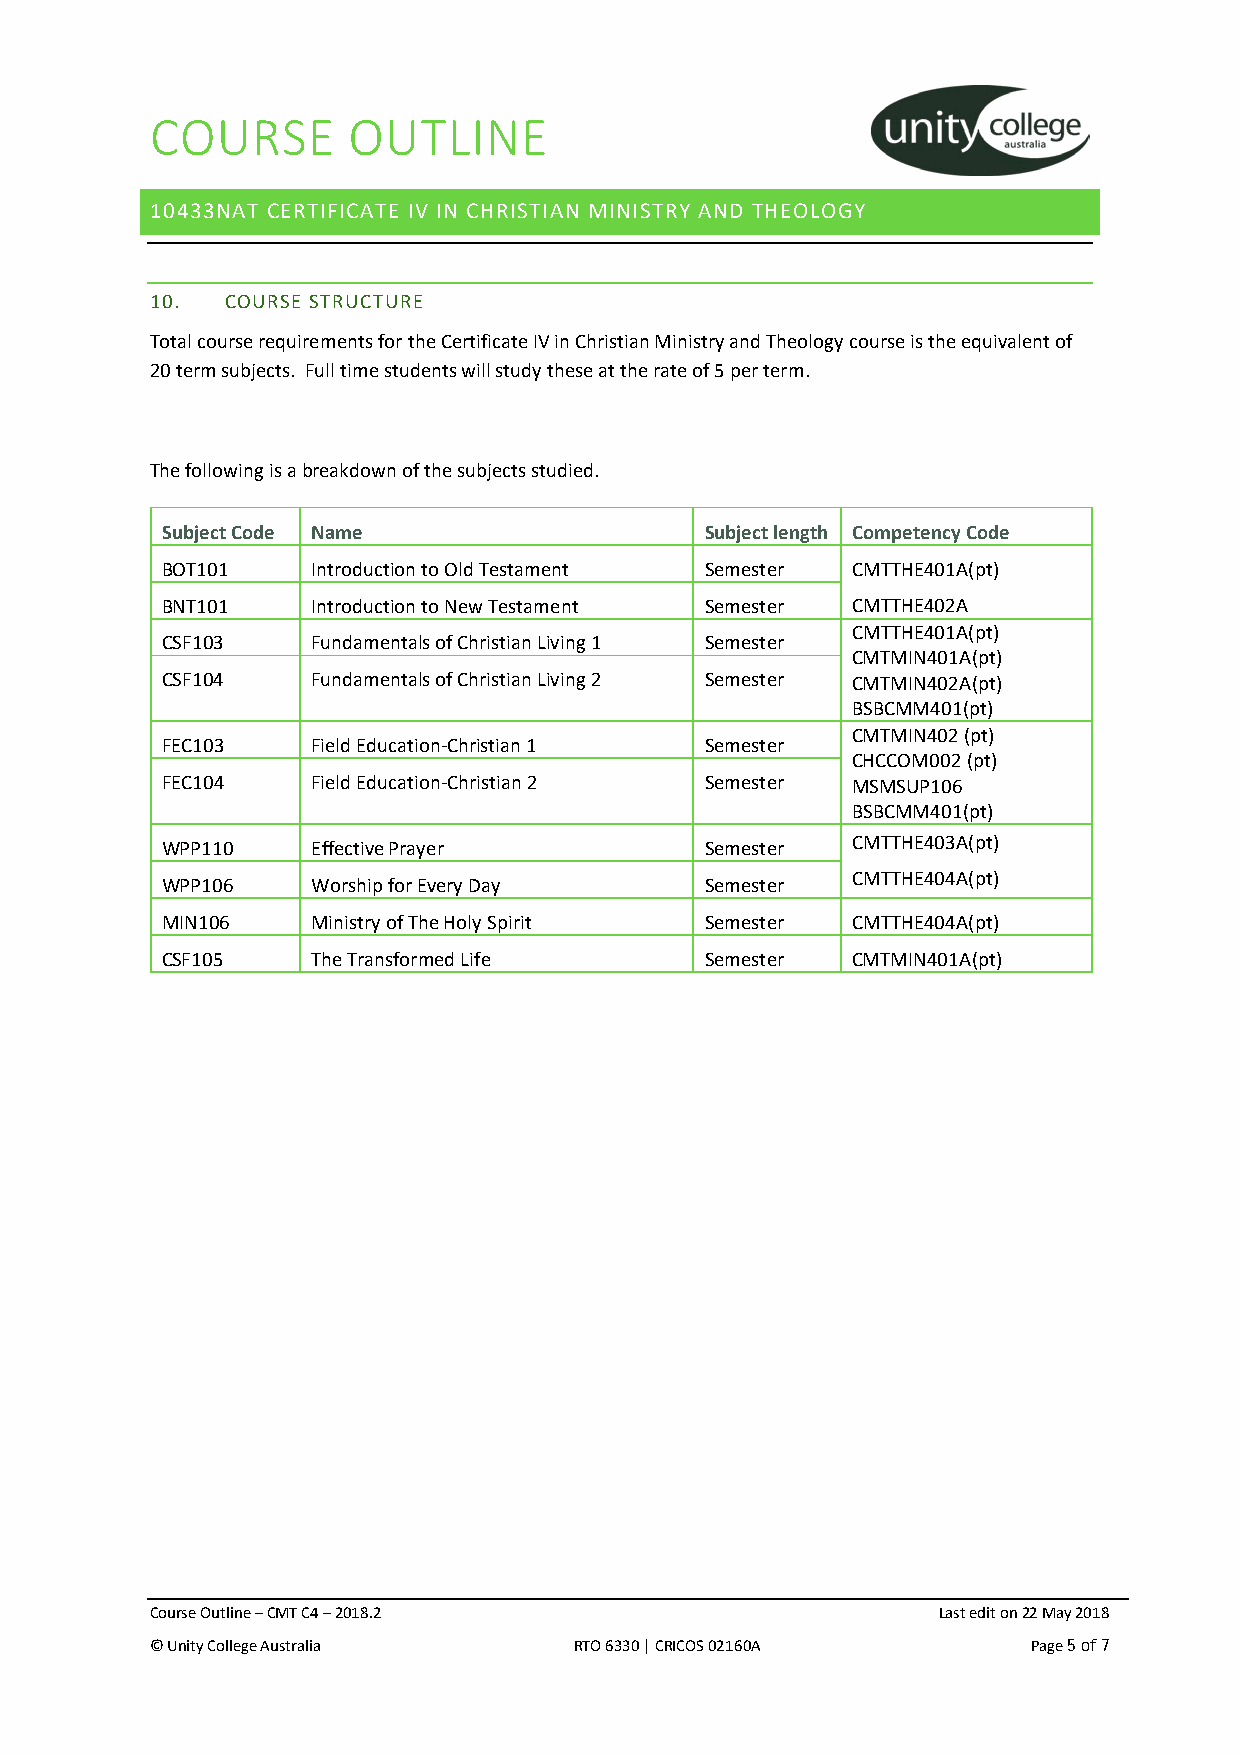
COURSE       OUTLINE
 10433NAT CERTIFICATE IV IN CHRISTIAN MINISTRY AND THEOLOGY
 10.  COURSE STRUCTURE
 Total course requirements for the Certificate IV in Christian Ministry and Theology course is the equivalent of
 20 term subjects. Full time students will study these at the rate of 5 per term.
 The following is a breakdown of the subjects studied.
 Subject Code Name                   Subject length Competency Code
 BOT101    Introduction to Old Testament Semester CMTTHE401A(pt)
 BNT101    Introduction to New Testament Semester CMTTHE402A
 CMTTHE401A(pt)
 CSF103    Fundamentals of Christian Living 1 Semester
 CMTMIN401A(pt)
 CSF104    Fundamentals of Christian Living 2 Semester CMTMIN402A(pt)
 BSBCMM401(pt)
 CMTMIN402 (pt)
 FEC103    Field Education-Christian 1 Semester
 CHCCOM002 (pt)
 FEC104    Field Education-Christian 2 Semester MSMSUP106
 BSBCMM401(pt)
 WPP110    Effective Prayer          Semester CMTTHE403A(pt)
 CMTTHE404A(pt)
 WPP106    Worship for Every Day     Semester
 MIN106    Ministry of The Holy Spirit Semester CMTTHE404A(pt)
 CSF105    The Transformed Life      Semester CMTMIN401A(pt)
 Course Outline – CMT C4 – 2018.2                    Last edit on 22 May 2018
 © Unity College Australia   RTO 6330 | CRICOS 02160A      Page 5 of 7